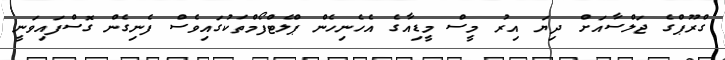
ގްރޫޕްގެ ޖަލްސާއަށް ދިޔަ އިރު މީސް މީޑިއާގެ އެހެނިހެން ޕްލެޓްފޯމްތަކުގައިވެސް ފެނިގެން ގޮސްފައިވަނީ